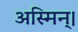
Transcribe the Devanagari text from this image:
अस्मिन्।